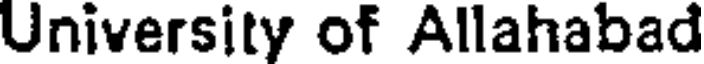
University of Allahabad